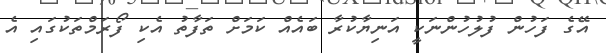
އޭގެ ފަހުން ފުލުހުންނަކީ އަނިޔާކުރާ ބައެއް ކަމަށް ތަފާތު އެކި ފޯރަމްތަކުގައި އެ